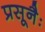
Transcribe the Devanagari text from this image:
प्रसूनैः